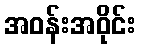
အဝန်းအဝိုင်း